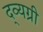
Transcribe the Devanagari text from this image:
द्व्यग्री